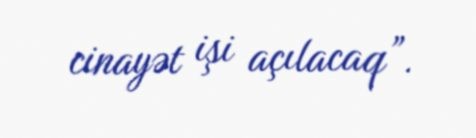
cinayət işi açılacaq”.